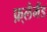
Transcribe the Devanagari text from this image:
फ़्लैमैंड